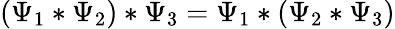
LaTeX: \left(\Psi_{1}*\Psi_{2}\right)*\Psi_{3}=\Psi_{1}*(\Psi_{2}*\Psi_{3})